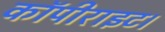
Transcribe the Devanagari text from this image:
कॉपीराइट।